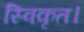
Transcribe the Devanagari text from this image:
स्विकृत।